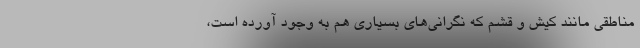
مناطقی مانند کیش و قشم که نگرانی‌های بسیاری هم به وجود آورده است،